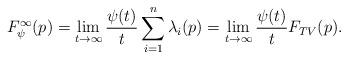
LaTeX: \begin{align*} F_\psi^\infty(p)=\lim_{t\rightarrow\infty}\frac{\psi(t)}{t}\sum_{i=1}^n\lambda_i(p)=\lim_{t\rightarrow\infty}\frac{\psi(t)}{t}F_{TV}(p).\end{align*}